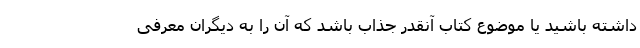
داشته باشید یا موضوع کتاب آنقدر جذاب باشد که آن را به دیگران معرفی